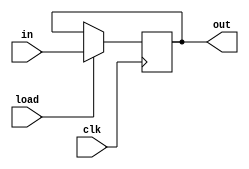
module Registrador
 #(parameter BITS = 64) (
  input        clk,
  input        load,
  input  [BITS-1:0] in,
  output [BITS-1:0] out
);

reg [BITS-1:0] data;


always @(posedge clk)
begin
  if (load)
    data <= in;
end

assign out = data;

endmodule